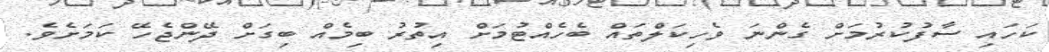
ކަހައި ސާފުކުރުމަށް ގެންނަ ވެހިކަލްތައް ބެހެއްޓުމަށް އިތުރު ބިމެއް ބިގަށް ދޭންޖެހޭ ކަމަށެވެ.